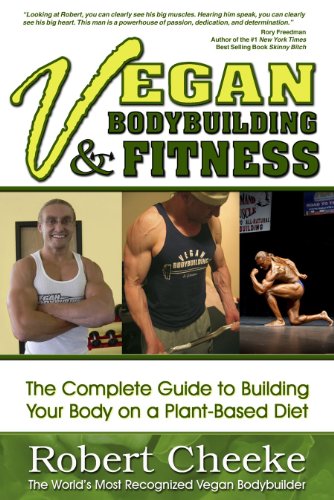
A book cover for Vegan Bodybuilding & Fitness; Robert Cheeke; Health, Fitness & Dieting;